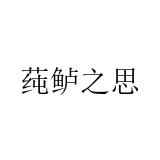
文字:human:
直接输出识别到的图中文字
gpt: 莼鲈之思